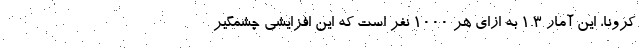
کرونا، این آمار 1.3 به ازای هر 1000 نفر است که این افزایشی چشمگیر